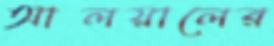
আলয়ালের